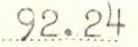
92.24